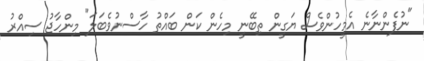
"ނުފެންނާނެ އެމީހުންވެސް ޔަގީން ތިބޭނީ މިހެން ކަން ބައްތު ހާސްނުވެބަލަ" މިންހާޖު ސިއްރު